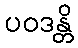
ပဝဒန္တိ